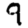
Digit: 9